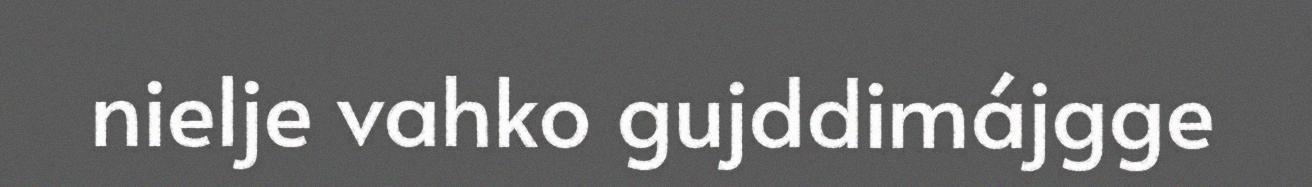
nielje vahko gujddimájgge